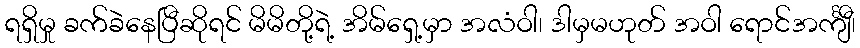
ရရှိမှု ခက်ခဲနေပြီဆိုရင် မိမိတို့ရဲ့ အိမ်ရှေ့မှာ အလံဝါ၊ ဒါမှမဟုတ် အဝါ ရောင်အင်္ကျီ၊